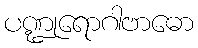
ပဏ္ဍုရောဂါဗာဓော